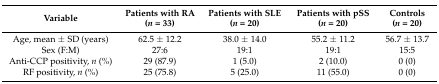
<table><thead><tr><td><b>Variable</b></td><td><b>Patients with RA (<i>n</i> = 33)</b></td><td><b>Patients with SLE (<i>n</i> = 20)</b></td><td><b>Patients with pSS (<i>n</i> = 20)</b></td><td><b>Controls (<i>n</i> = 20)</b></td></tr></thead><tbody><tr><td>Age, mean ± SD (years)</td><td>62.5 ± 12.2</td><td>38.0 ± 14.0</td><td>55.2 ± 11.2</td><td>56.7 ± 13.7</td></tr><tr><td>Sex (F:M)</td><td>27:6</td><td>19:1</td><td>19:1</td><td>15:5</td></tr><tr><td>Anti-CCP positivity, <i>n</i> (%)</td><td>29 (87.9)</td><td>1 (5.0)</td><td>2 (10.0)</td><td>0 (0)</td></tr><tr><td>RF positivity, <i>n</i> (%)</td><td>25 (75.8)</td><td>5 (25.0)</td><td>11 (55.0)</td><td>0 (0)</td></tr></tbody></table>